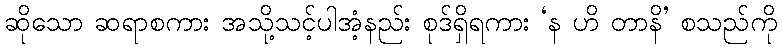
ဆိုသော ဆရာစကား အသို့သင့်ပါအံ့နည်း စုဒ်ရှိရကား ‘န ဟိ တာနိ’ စသည်ကို